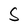
Character: S